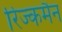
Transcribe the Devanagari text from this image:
रिज्कमैन